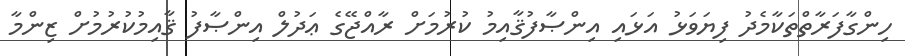
ހިންގާފަރާތްތަކާމެދު ފިޔަވަޅު އަޅައި އިންޞާފުޤާއިމު ކުރުމަށް ރާއްޖޭގެ ޢަދުލް އިންޞާފު ޤާއިމުކުރުމުށް ޒިންމާ